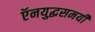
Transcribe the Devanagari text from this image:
ऍनयुद्धसमयी